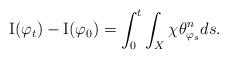
LaTeX: \begin{align*}{\rm I}(\varphi_{t})-{\rm I}(\varphi_{0}) =\int_{0}^t \int_X \chi \theta_{\varphi_{s}}^n ds. \end{align*}